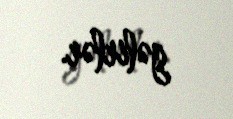
gəlirlər.